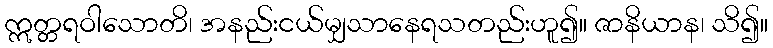
ဣတ္တရဝါသောတိ၊ အနည်းငယ်မျှသာနေရသတည်းဟူ၍။ ဇာနိယာန၊ သိ၍။